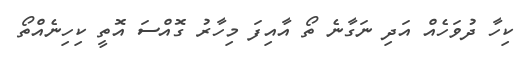
ކިހާ ދުވަހެއް އަދި ނަގާނެ ތޯ އާއިފަ މިހާރު ގޮއްސަ އޮތީ ކިހިނެއްތޯ